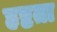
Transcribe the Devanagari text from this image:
हृष्टता